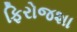
ફિરોજશા